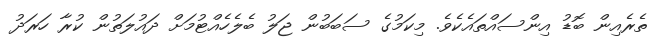
ތެރެއިން ބޮޑު އިންސައްތައެކެވެ. މިކަމުގެ ސަބަބުން ޖަލު ބެލެހެއްޓުމަށް ދައުލަތުން ކުރާ ހަރަދު